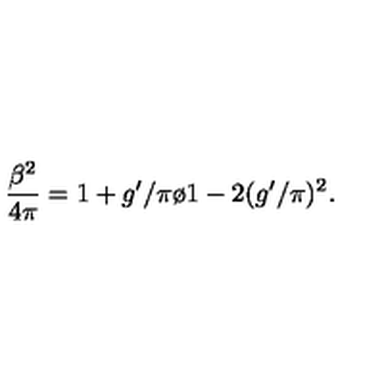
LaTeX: { \frac { \beta ^ { 2 } } { 4 \pi } } = { { 1 + g ^ { \prime } / \pi } \o { 1 - 2 ( g ^ { \prime } / \pi ) ^ { 2 } } } .